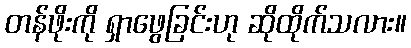
တန်ဖိုးကို ရှာဖွေခြင်းဟု ဆိုထိုက်သလား။